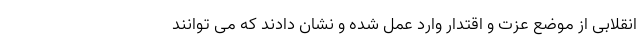
انقلابی از موضع عزت و اقتدار وارد عمل شده و نشان دادند که می توانند